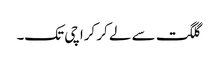
گلگت سے لے کر کراچی تک۔